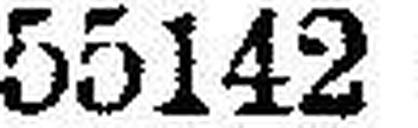
55142